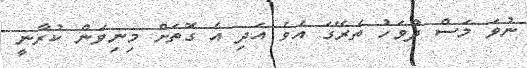
ނުވަ މަސް ދުވަހު ތެރޭގަ އެވެ އަދި އެ ގޮތަށް މިނިވަން ކުރާނީ